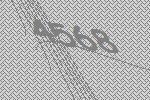
4568